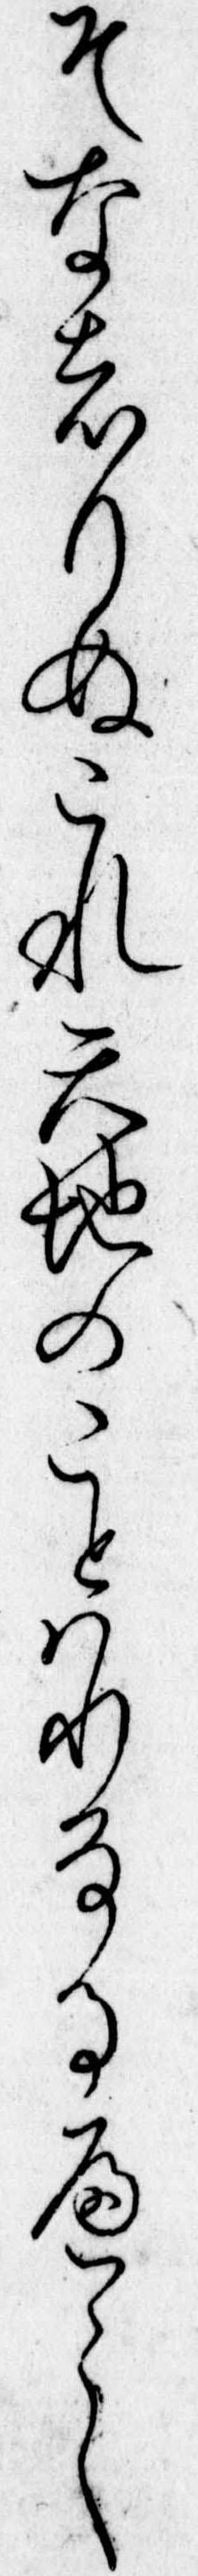
そなはりぬこれ天地のことはりなるへし